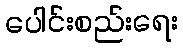
ပေါင်းစည်းရေး